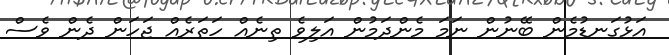
އަޅުގަނޑުމެން ބޭނުން ނަމަ މެންދަމުން އަލިވެ ތިނެއް ހަތަރެއް ޖަހަން ދެން ވެސް